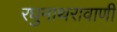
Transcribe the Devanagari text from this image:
रघुनाथरावाणी